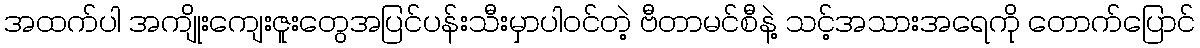
အထက်ပါ အကျိုးကျေးဇူးတွေအပြင်ပန်းသီးမှာပါဝင်တဲ့ ဗီတာမင်စီနဲ့ သင့်အသားအရေကို တောက်ပြောင်